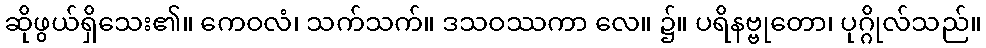
ဆိုဖွယ်ရှိသေး၏။ ကေဝလံ၊ သက်သက်။ ဒသဝဿကာ လေ။ ၌။ ပရိနဗ္ဗုတော၊ ပုဂ္ဂိုလ်သည်။